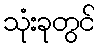
သုံးခုတွင်